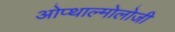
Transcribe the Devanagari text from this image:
ओप्थाल्मोलोजी